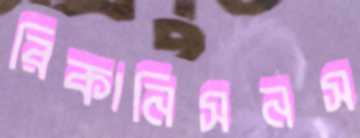
রিকানিসনস